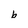
Character: b